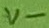
Text: V-